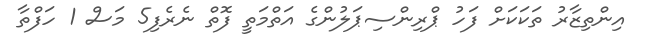
އިންތިޒާރު ތަކަކަށް ފަހު ޕްރިންސިޕަލުންގެ އަތްމަތީ ފޮތް ނެރެފި5 މަސް 1 ހަފްތާ